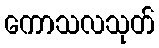
ကောသလသုတ်